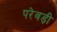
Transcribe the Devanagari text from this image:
परेवड़ी